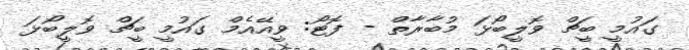
ގައުމީ ބީޗް ވޮލީބޯޅަ މުބާރާތް - ފޮޓޯ: ވީއޭއެމް ގައުމީ ބީޗް ވޮލީބޯޅަ